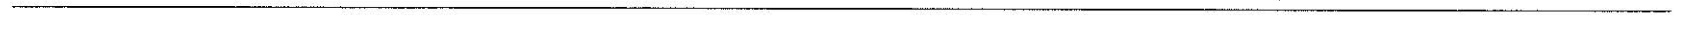
___